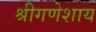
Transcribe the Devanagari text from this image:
श्रीगणेशाय